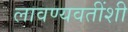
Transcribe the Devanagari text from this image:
लावण्यवतींशी